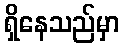
ရှိနေသည်မှာ